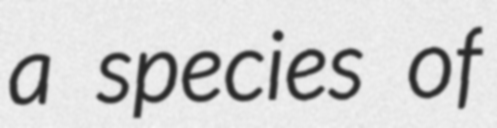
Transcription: a species of